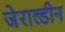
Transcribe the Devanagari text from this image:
जेराल्डीन